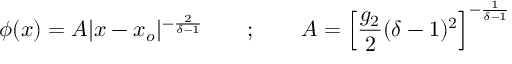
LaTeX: \phi ( x ) = A \vert x - x _ { o } \vert ^ { - \frac { 2 } { \delta - 1 } } ~ ~ ~ ~ ~ ~ ; ~ ~ ~ ~ ~ ~ A = \left[ \frac { g _ { 2 } } { 2 } ( \delta - 1 ) ^ { 2 } \right] ^ { - \frac { 1 } { \delta - 1 } }